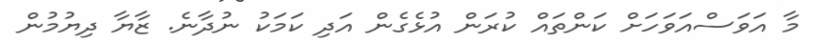
މާ އަވަސްއަވަހަށް ކަންތައް ކުރަން އުޅެގެން އަދި ކަމަކު ނުދާނެ. ޒާޔާ ދިޔުމުން